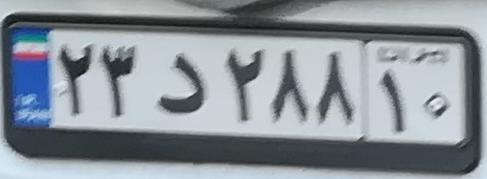
۲۳د۲۸۸۱۰